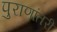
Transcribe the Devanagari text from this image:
पुराणांतरी